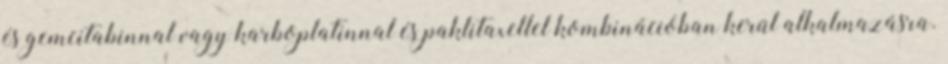
és gemcitabinnal vagy karboplatinnal és paklitaxellel kombinációban kerül alkalmazásra.